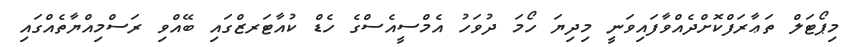
މިޕޯޓަލް ތަޢާރަފްކޮށްދެއްވާފައިވަނީ މިދިޔަ ހޯމަ ދުވަހު އެމްސީއެސްގެ ހެޑް ކުއާޓަރޒްގައި ބޭއްވި ރަސްމިއްޔާތެއްގައި